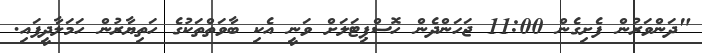
"ދަންވަރުން ފެށިގެން 11:00 ޖަހަންދެން ހޮސްޕިޓަލަށް ވަނީ އެކި ބާވަތްތަކުގެ ހަތިޔާރުން ހަމަލާދީފައި.